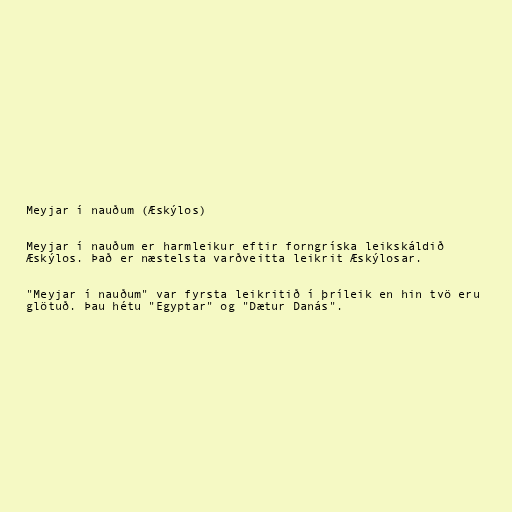
Meyjar í nauðum (Æskýlos)

Meyjar í nauðum er harmleikur eftir forngríska leikskáldið
Æskýlos. Það er næstelsta varðveitta leikrit Æskýlosar.

"Meyjar í nauðum" var fyrsta leikritið í þríleik en hin tvö eru
glötuð. Þau hétu "Egyptar" og "Dætur Danás".